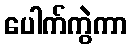
ပေါက်ကွဲကာ